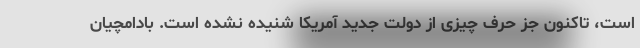
است، تاکنون جز حرف چیزی از دولت جدید آمریکا شنیده نشده است. بادامچیان